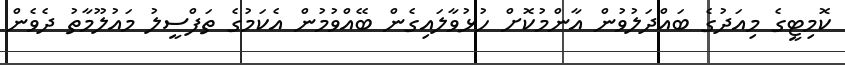
ކޮމިޓީގެ މިއަދުގެ ބައްދަލުވުން އާންމުކޮށް ހުޅުވާލައިގެން ބޭއްވުމުން އެކަމުގެ ތަފްސީލު މައުލޫމާތު ދެވެން